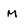
Character: M